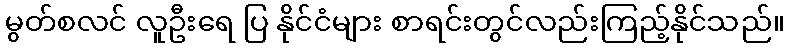
မွတ်စလင် လူဦးရေ ပြ နိုင်ငံများ စာရင်းတွင်လည်းကြည့်နိုင်သည်။